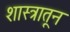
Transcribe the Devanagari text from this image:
शास्त्रातून